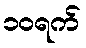
၁၀ရက်